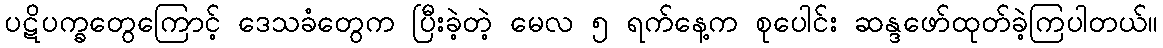
ပဋိပက္ခတွေကြောင့် ဒေသခံတွေက ပြီးခဲ့တဲ့ မေလ ၅ ရက်နေ့က စုပေါင်း ဆန္ဒဖော်ထုတ်ခဲ့ကြပါတယ်။